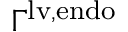
\Gamma ^ { \mathrm { { l v , e n d o } } }